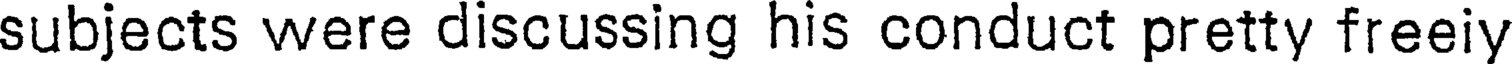
subjects were discussing his conduct pretty freeiy